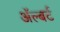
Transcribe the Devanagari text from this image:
ॲल्बर्ट